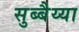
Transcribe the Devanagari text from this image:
सुब्बैय्या